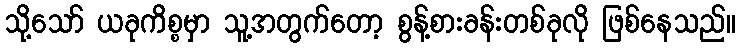
သို့သော် ယခုကိစ္စမှာ သူ့အတွက်တော့ စွန့်စားခန်းတစ်ခုလို ဖြစ်နေသည်။